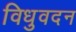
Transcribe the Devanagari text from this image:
विधुवदन